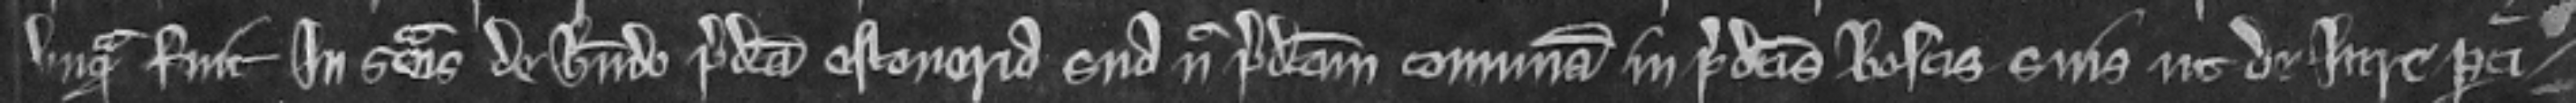
vnquam fuit In seisina de habendo predicta estoueria sua nec predictam comunam in predictis boscis suis ut de Iure perti